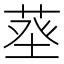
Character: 𦱬